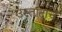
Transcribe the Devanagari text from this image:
उस्तादांचे